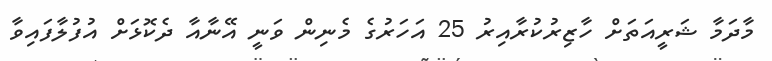
މާދަމާ ޝަރީއަތަށް ހާޒިރުކުރާއިރު 25 އަހަރުގެ މެނިން ވަނީ އޭނާއާ ދެކޮޅަށް އުފުލާފައިވާ